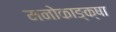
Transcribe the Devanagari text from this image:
मनोकाङ्क्षा